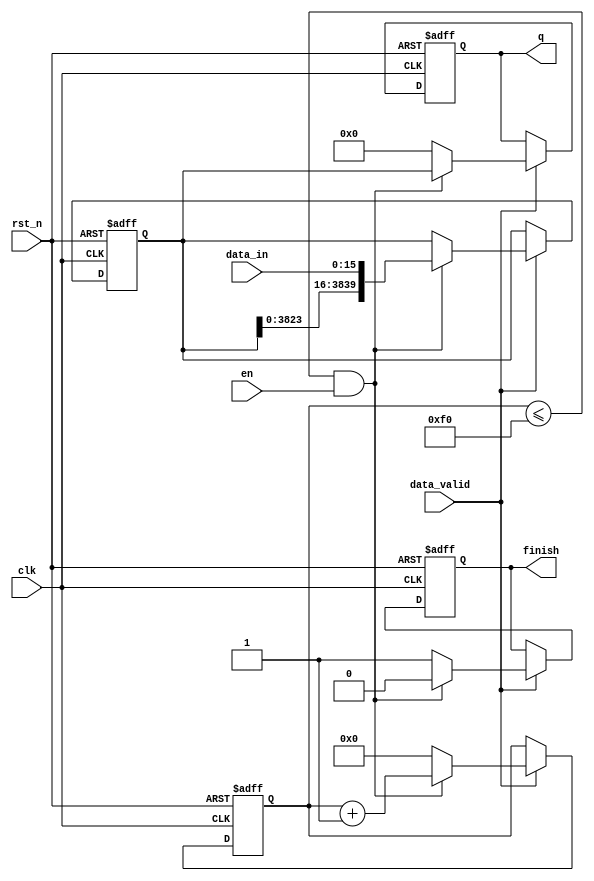
module _2_to_480(rst_n,clk,en,data_in,finish,q,data_valid);
input en;//
input[15:0] data_in;
output reg finish;//
output reg[3839:0]q;
input clk;
input rst_n;
input data_valid;
reg [5:0]count;
reg [3839:0]data;

always @(posedge clk or negedge rst_n)
begin
    if(rst_n==0)
    begin
       count<=0;
       finish<=1;
       data<=3839'b0;
       q<=0;
    end
    else
    begin
	 if(data_valid)
	 begin
       if(count<=240&&en)
       begin
           count<=count+1;
           finish<=0;
           data<={data[3823:0],data_in};
           q<=data[3839:0];
       end
       else
       begin
       count<=0;
       finish<=1;
       q<=0;
       end
    end
	 end
end
endmodule